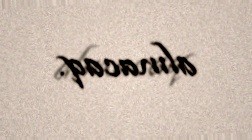
alınacaq.